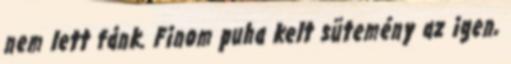
nem lett fánk. Finom puha kelt sütemény az igen,